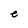
Character: e